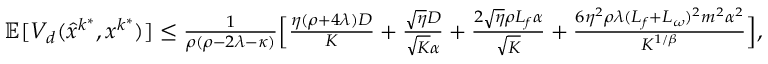
\begin{array} { r l } & { \mathbb { E } [ V _ { d } ( \hat { x } ^ { k ^ { \ast } } , x ^ { k ^ { \ast } } ) ] \leq \frac { 1 } { \rho ( \rho - 2 \lambda - \kappa ) } \Big [ \frac { \eta ( \rho + 4 \lambda ) D } { K } + \frac { \sqrt { \eta } D } { \sqrt { K } \alpha } + \frac { 2 \sqrt { \eta } \rho L _ { f } \alpha } { \sqrt { K } } + \frac { 6 \eta ^ { 2 } \rho \lambda ( L _ { f } + L _ { \omega } ) ^ { 2 } m ^ { 2 } \alpha ^ { 2 } } { K ^ { 1 / \beta } } \Big ] , } \end{array}